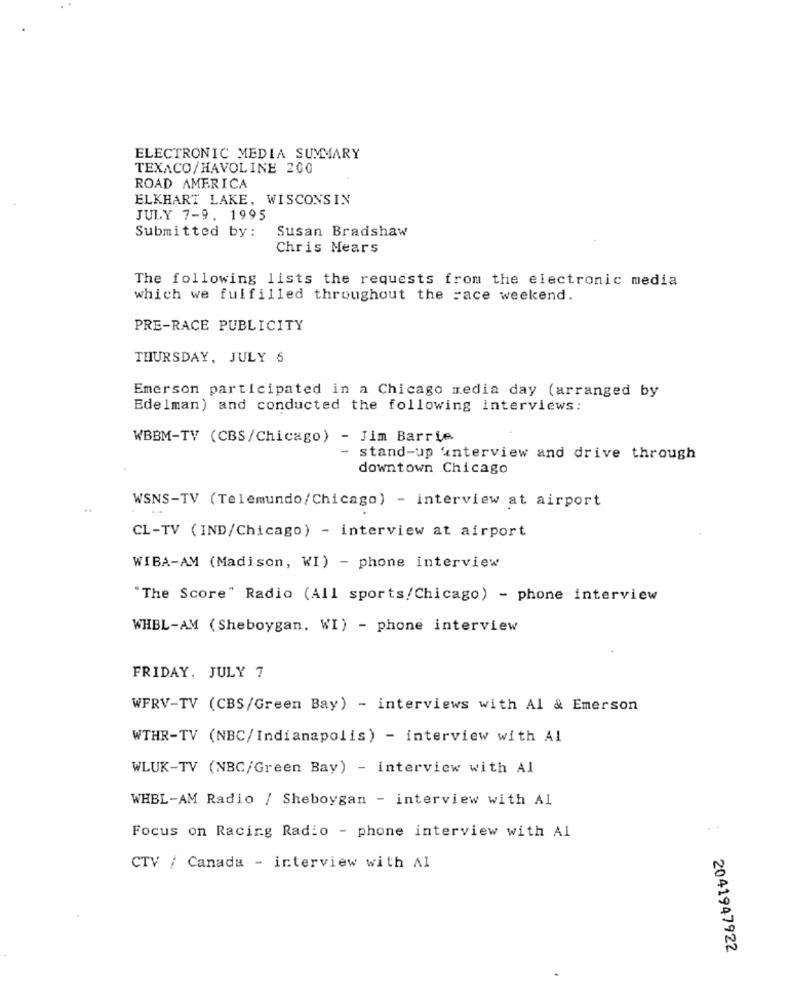
ELECTRONIC MEDIA SUMMARY
TEXACO/HAVOLINE 200
ROAD AMERICA
ELKHART LAKE, WISCONSIN
JULY 7-9. 1995
Susan Bradshaw
Submitted by :
Chris Mears
The following lists the requests from the electronic media
which we fulfilled throughout the =ace weekend.
PRE-RACE PUBLICITY
THURSDAY, JULY 6
Emerson participated in a Chicago media day (arranged by
Edelman) and conducted the following interviews:
WBBM-TV (CBS/Chicago) - Jim Barrie
stand-up unterview and drive through
downtown Chicago
WSNS-TV (Telemundo/Chicago) - interview at airport
CL-TV (IND/Chicago) - interview at airport
WIBA-AM (Madison, WI) - phone interview
"The Score" Radio (All sports/Chicago) - phone interview
WHBL-AM ( Sheboygan. WI) - phone interview
FRIDAY, JULY 7
WFRV-TV (CBS/Green Bay) - interviews with Al & Emerson
WTHR-TV (NBC/Indianapolis) - interview with Al
WLUK-TV (NBC/Green Bay) - interview with Al
WHBL-AM Radio / Sheboygan - interview with AI
Focus on Racing Radio - phone interview with Al
CTV / Canada - interview with Al
2041947922